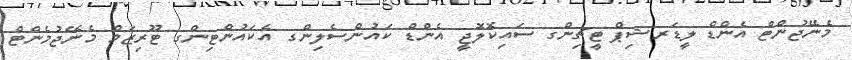
މެނޭޖުންޓް އެންޑް ލީޑަރޝިޕް ޓީޗިންގ ސައިކޮލޮޖީ އެންޑް ކައުންސެލިންގ އެކައުންޓިންގ ޓޫރިޒަމް މެނޭޖުމެންޓް